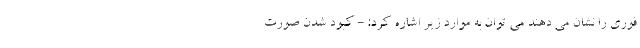
فوری را نشان می دهند می توان به موارد زیر اشاره کرد: - کبود شدن صورت